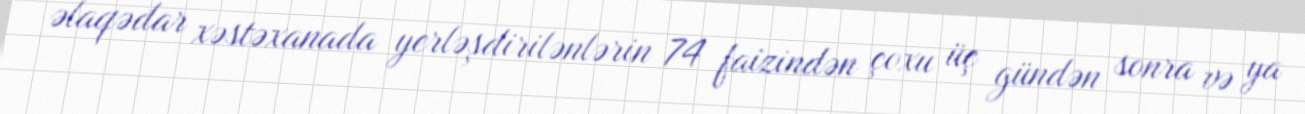
əlaqədar xəstəxanada yerləşdirilənlərin 74 faizindən çoxu üç gündən sonra və ya